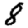
Digit: 8